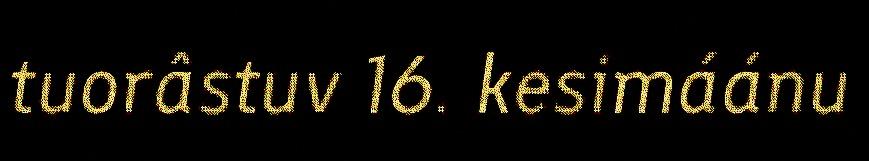
tuorâstuv 16. kesimáánu